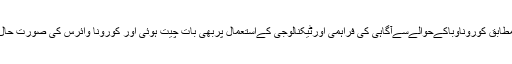
جاری کردہ تفصیلات کے مطابق کوروناوباکےحوالےسےآگاہی کی فراہمی اورٹیکنالوجی کےاستعمال پربھی بات چیت ہوئی اور کورونا وائرس کی صورت حال پر بھی تبادلہ خیال کیا گیا۔